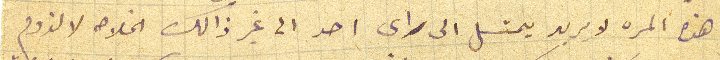
هذه المره لا يريد يمثل الى راى احد الى غير ذالك الخلاصه لا لزوم